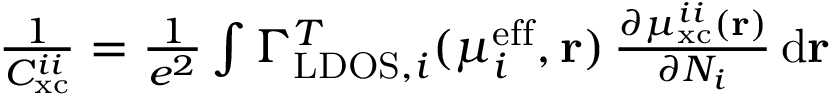
\begin{array} { r } { \frac { 1 } { C _ { \mathrm { x c } } ^ { i i } } = \frac { 1 } { e ^ { 2 } } \int \Gamma _ { \mathrm { L D O S } , i } ^ { T } ( \mu _ { i } ^ { \mathrm { e f f } } , \mathbf { r } ) \, \frac { \partial \mu _ { \mathrm { x c } } ^ { i i } ( \mathbf { r } ) } { \partial N _ { i } } \, \mathrm { d } \mathbf { r } } \end{array}